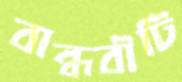
বান্ধবীটি